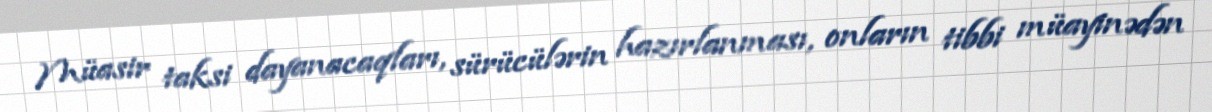
Müasir taksi dayanacaqları, sürücülərin hazırlanması, onların tibbi müayinədən